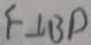
F \bot B P